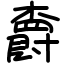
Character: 𣝣